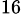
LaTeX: _{16}